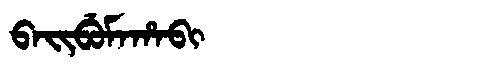
Manchu: ᠪᠠᡳᠪᡠᠮᠠᡥᠠᠪᡳ
Romanization: BAIBUMAHABI